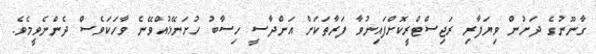
ގާނޫނުގެ ދަށުން ވިޔަފާރި ރަޖިސްޓްރީކޮށްފައިނުވާ ފަރާތަކަށް އަންދާސީ ހިސާބު ހުށަނޭޅުއްވޭނެ ވާހަކަވެސް ދެންނެވީމެވެ.